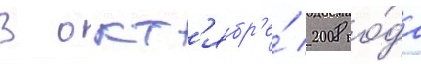
В окт'ябр'е́ 2008 го́да